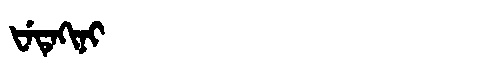
Manchu: ᡶᡝᡨᡝᡴᡳᠨᡳ
Romanization: FETEKINI